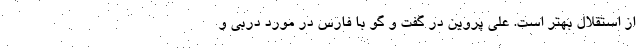
از استقلال بهتر است. علی پروین در گفت و گو با فارس در مورد دربی و